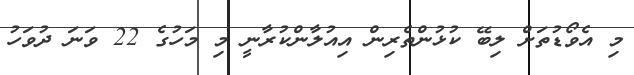
މި އެވޯޑުތަށް ލިބޭ ކުޅުންތެރިން އިއުލާންކުރާނީ މި މަހުގެ 22 ވަނަ ދުވަހު